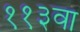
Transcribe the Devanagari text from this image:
११३वा